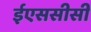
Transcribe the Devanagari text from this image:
ईएससीसी